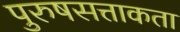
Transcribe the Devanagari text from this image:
पुरुषसत्ताकता